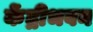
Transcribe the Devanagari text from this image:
केंद्रीभवन